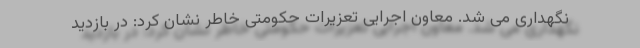
نگهداری می شد. معاون اجرایی تعزیرات حکومتی خاطر نشان کرد: در بازدید